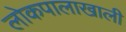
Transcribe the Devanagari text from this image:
लोकपालाखाली